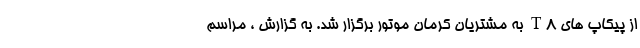
از پیکاپ های T8 به مشتریان کرمان موتور برگزار شد. به گزارش ، مراسم